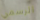
الرسمي